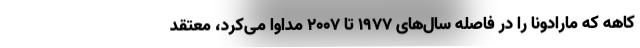
کاهه که مارادونا را در فاصله سال‌های ۱۹۷۷ تا ۲۰۰۷ مداوا می‌کرد، معتقد